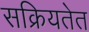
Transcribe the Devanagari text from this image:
सक्रियतेत